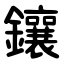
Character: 鑲